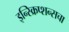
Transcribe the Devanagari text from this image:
इन्स्क्रिप्शन्सचा